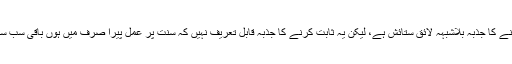
سنت پر عمل کرنے کا جذبہ بلاشبہہ لائق ستائش ہے، لیکن یہ ثابت کرنے کا جذبہ قابل تعریف نہیں کہ سنت پر عمل پیرا صرف میں ہوں باقی سب سنت سے دور ہیں۔